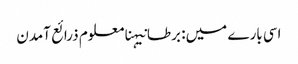
اسی بارے میں: برطانیہنامعلوم ذرائع آمدن